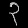
Digit: ၃